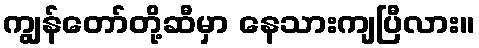
ကျွန်တော်တို့ဆီမှာ နေသားကျပြီလား။